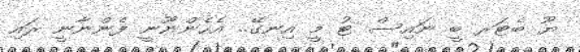
ޔޫ ބެޓަރ ބީ ނައިސް ޓު މީ އިނގޭ.. އެހެންނޫނީ ފެންނާނީ ރައި